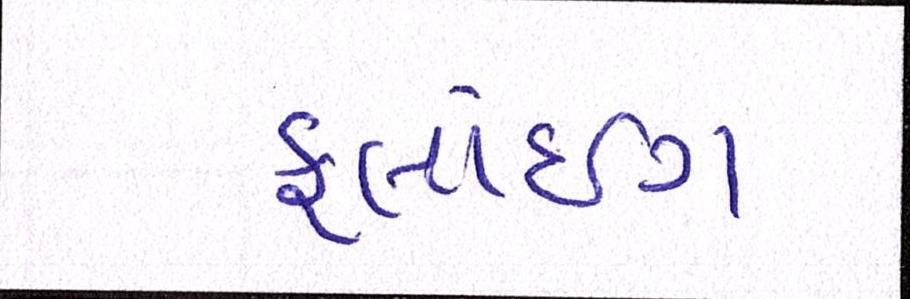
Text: ફ્લાઇંગ